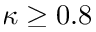
\kappa \geq 0 . 8